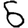
Digit: 6